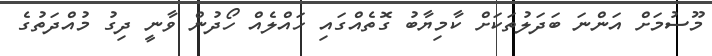
މޫސުމަށް އަންނަ ބަދަލުތަކަށް ކާމިޔާބު ގޮތެއްގައި ހައްލެއް ހޯދުން ވާނީ ދިގު މުއްދަތުގެ